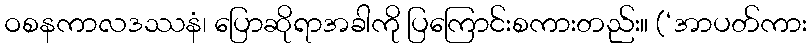
ဝစနကာလဒဿနံ၊ ပြောဆိုရာအခါကို ပြကြောင်းစကားတည်း။ (‘အာပတ်ကား